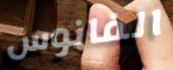
الفانوس